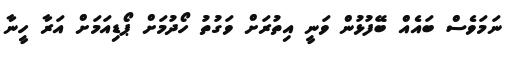
ނަމަވެސް ބައެއް ބޭފުޅުން ވަނީ އިތުރަށް ވަގުތު ހޯދުމަށް ޕޯޑިއަމަށް އަރާ ހީނާ